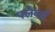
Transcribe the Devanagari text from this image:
फ्लेबर्ड